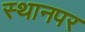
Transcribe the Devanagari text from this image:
स्‍थानपर